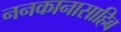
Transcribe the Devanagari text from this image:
ननकानासाहिब